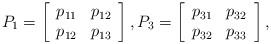
LaTeX: \begin{align*}P_{1}=\left[\begin{array}[c]{cc}p_{11} & p_{12}\\p_{12} & p_{13}\end{array}\right] ,P_{3}=\left[\begin{array}[c]{cc}p_{31} & p_{32}\\p_{32} & p_{33}\end{array}\right] ,\end{align*}